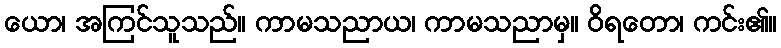
ယော၊ အကြင်သူသည်။ ကာမသညာယ၊ ကာမသညာမှ။ ဝိရတော၊ ကင်း၏။